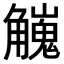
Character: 𧥇